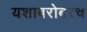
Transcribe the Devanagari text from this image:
यशाबरोबरच